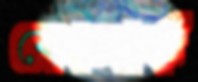
বেঞ্চমার্ক